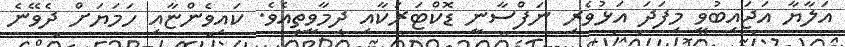
އަލާޔާ އަޖައިބުވީ މިފަދަ އަޅުވެރި ނަފްސާނީ ޑޮކްޓަރަކާއި ދިމާވީތީއެވެ. ކައިވެންޏާއި ހަމަޔަށް ދެވޭނެ